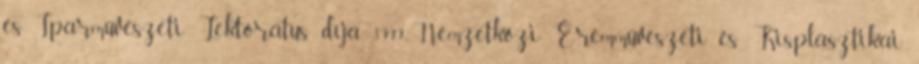
és Iparművészeti Lektorátus díja 1999 Nemzetközi Éremművészeti és Kisplasztikai